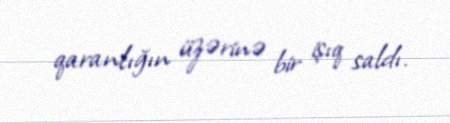
qaranlığın üzərinə bir işıq saldı.